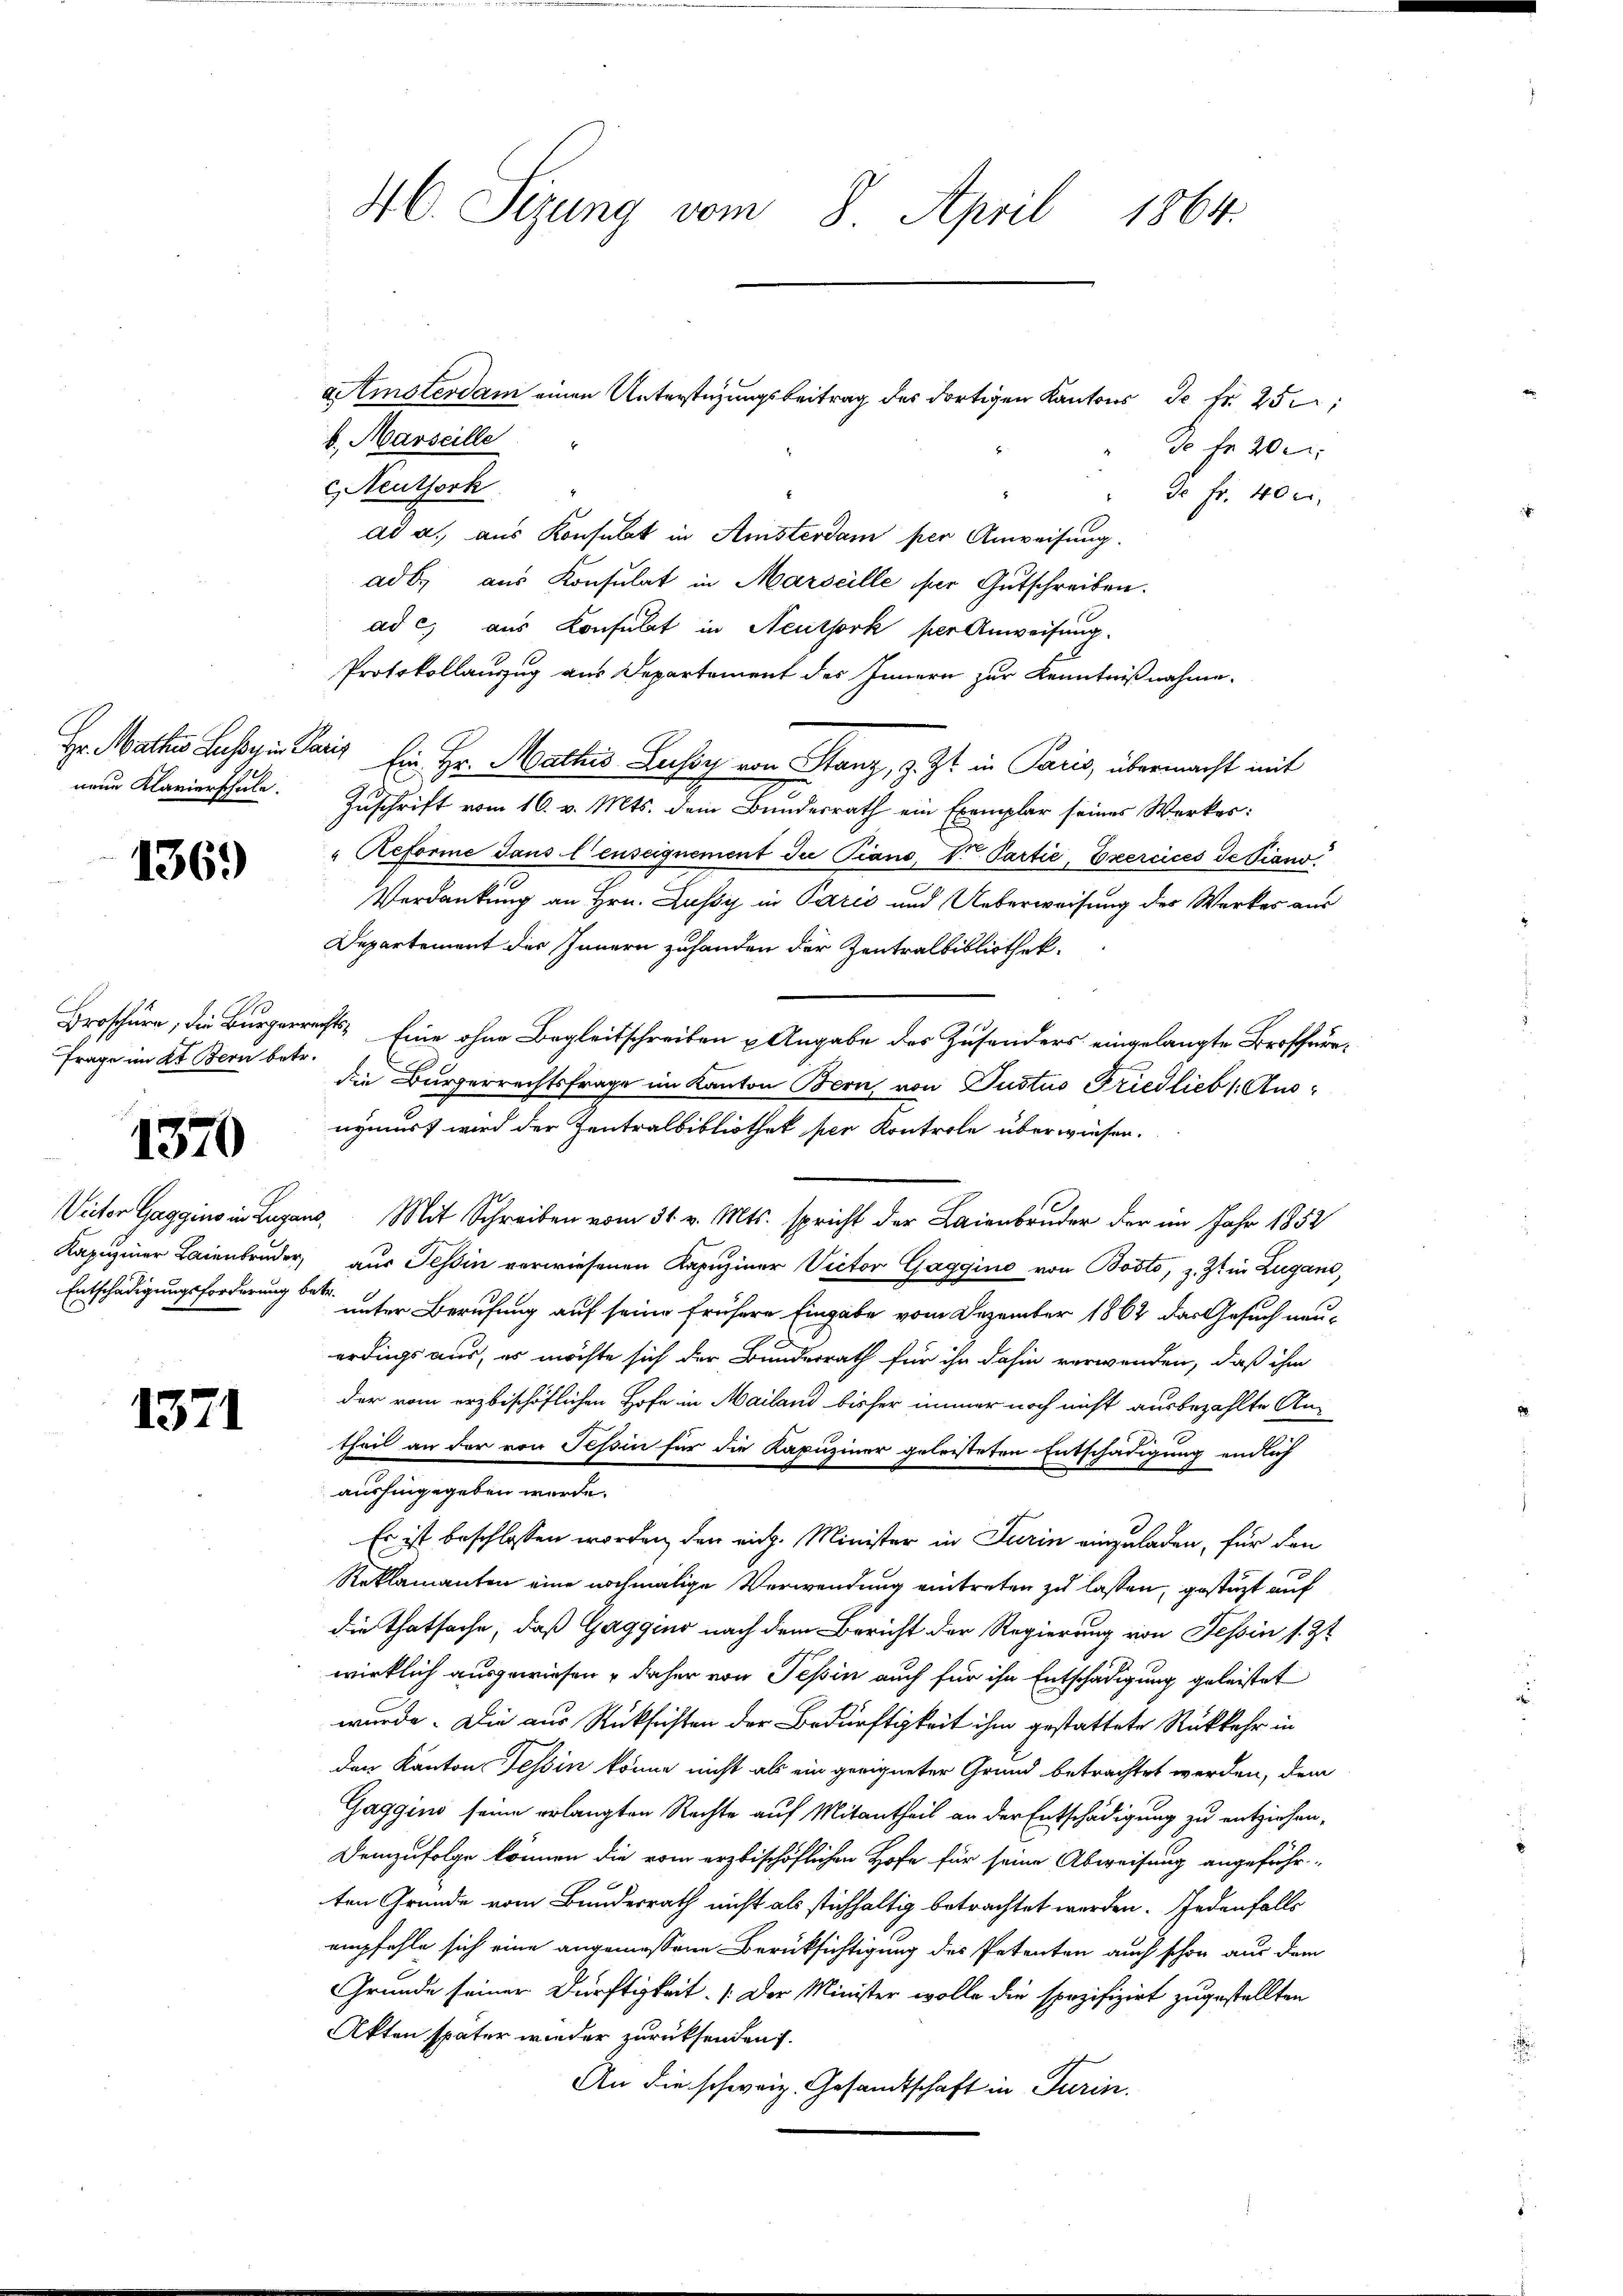
1369

o
Frage im Kt. Bern betr.

1370

Entschädigungsforderung betr.

1371

46. Sizung vom 8. April
1864.

b., Marseille
Neuthork
ad a. aus Konsulat in Amsterdam per Anweisung.
ad b. aus Konsulat in Marseille für Gutschreiben.
ad c.) aus Konsulat in Neuthork per Anweisung.
Protokollauszug aus Departement des Innern zur Kenntnißnahme.
Hr. Mathes Lasse in Paris Ein Hr. Mathis Lussy von Stanz, z. Zt. in Paris, übermacht mit
neue Klavierschule. Zuschrift vom 16. v. Mts. dem Bundesrath ein Exemplar seines Werkes:
"Reforme dans lenseignement die Piano, Dr Partie, Exercices de Piano
Verdankung an Hrn. Lussy in Paris und Ueberweisung des Werkes aus
Departement des Innern zuhanden der Zentralbibliothek.
Broschüre, die Bürgerrechts Eine ohne Begleitschreiben u Angabe des Zusenders eingelangte Brofferedie Bürgerrechtsfrage im Kanton Bern, von Justus Friedlieb 1. Ausnymust wird der Zentralbibliothek per Kontrole überwiesen.
Vieter Gaggino in Lugano, Mit Schreiben vom 31. v. Mts. spricht der Laienbruder der im Jahr 1852
Kapuziner Laienbruder aus Tessin verwiesenen Kapuziner Victor Gaggino von Bosto, z. Zt. in Zugano,
unter Berufung auf seine frühere Eingabe vom Dezember 1862 das Gesuch neu-
erdings aus, es möchte sich der Bunderrath für ihn dahin verwenden, daß ihm
der vom erzbischöflichen Hofe in Mailand bisher immer noch nicht ausbezahlte Antheil an der von Tessin für die Kapuziner geleisteten Entschädigung endlich
aushingegeben wurde.
Es ist beschlossen worden, den rich. Minister in Turin einzuladen, für den
Reklamanten eine nochmalige Verwendung eintreten zu lassen, gestüzt auf
die Thatsache, daß Gaggino nach dem Bericht der Regierung von Tessin s. Zt
wirklich ausgewiesen & daher von Tessin auch für ihn Entschädigung geleistet
wurde. Die aus Rücksichten der Bedürftigkeit ihm gestattete Rückkehr in
den Kanton Tessin könne nicht als ein geeigneter Grund betrachtet werden, dem
Gaggini seine erlangten Rechte auf Mitantheil an der Entschädigung zu entziehen,
Demzufolge können die vom erzbischöflichen Hofe für seine Abweisung angeführ-
ten Gründe vom Bundesrath nicht als stichhaltig betrachtet werden. Jedenfalls
empfehle sich eine angemessene Berüksichtigung des Petenten auch schon aus dem
Grunde seiner Dürftigkeit. (Der Minister wolle die spezifizirt zugestellten
Akten später wieder zurücksenden.
An die schweiz. Gesandtschaft in Turin.

aAmsterdam einen Unterstüzungsbeitrag des dortigen Kantons de fr. 25;

" de fr. 40 x

d. fr. 20.